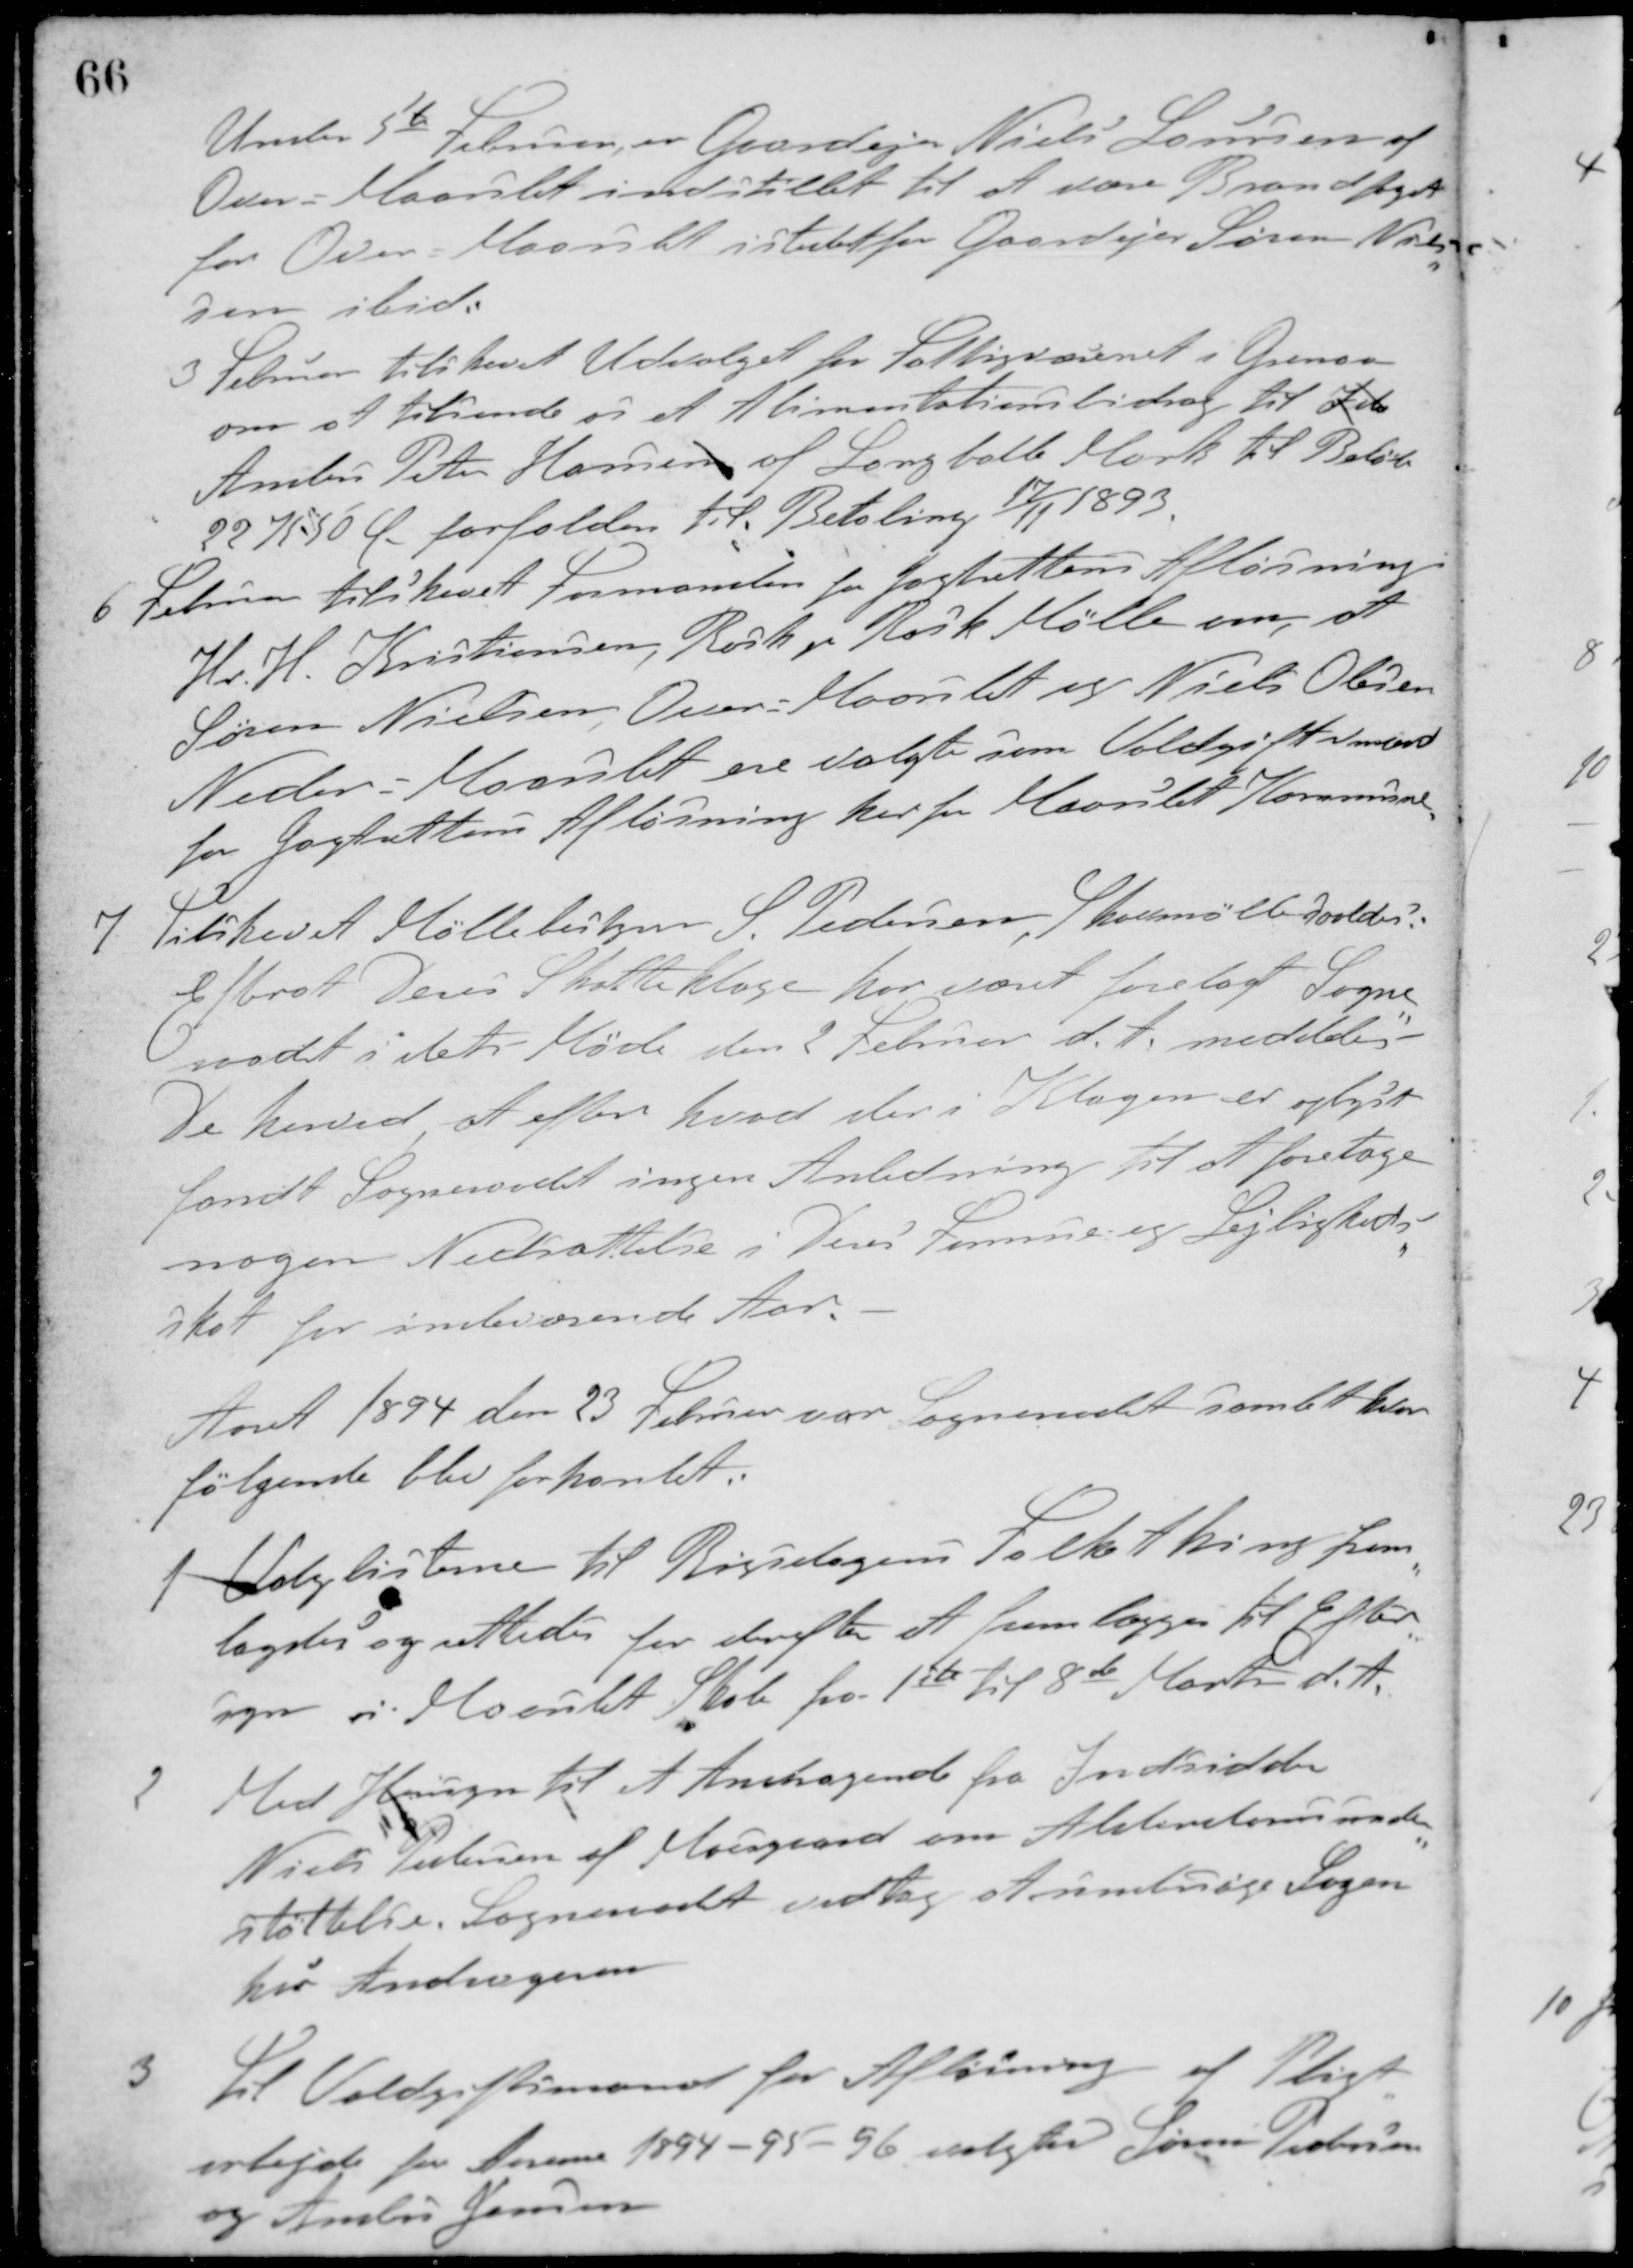
Transskription:
Under 5te Februar, er Gaardejer Niels Laursen af
Over - Maarslet indstillet til at være Brandfoged
for Over - Maarslet istedet for Gaardejer Søren Niel-
sen ibid.
3 Februar tilskrevet Udvalget for Fattigvæsenet i Grenaa
om at tilsende os et Alimentationsbidrag til Ida
Anders Peter Hansen af Langballe Mark til Beløb
22 K 50 Ø. forfalden til Betaling 17/11 1893.
6 Februar tilskrevet Formanden for Jagtrettens Afløsning
Hr. H. Kristiansen, Rask pr. Rask Mølle om, at
Søren Nielsen, Over-Maarslet og Niels Olesen
Neder - Maarslet ere valgte som Voldgiftsmænd
for Jagtrettens Afløsning her for Maarslet Kommune.
7 Tilskevet Møllebestyrer S. Pedersen, Skovmølle saaledes:
Efterat Deres Skatteklage har været forelagt Sogne-
raadet i dets Møde den 2 Februar d. A. meddeles
De herved at efter hvad der i Klagen er oplyst
fandt Sogneraadet ingen Anledning til at foretage
nogen Nedsættelse i Deres Formue og Lejligheds-
skat for indeværende Aar.
Aaret 1894 den 23 Februar var Sogneraadet samlet hvor
følgende blev forhanlet:
1 Valglisterne til Rigsdagens Folkething frem-
lagdes og rettedes for derefter at fremlægges til Efter-
syn i Maarslet Skole fra 1ste til 8de Marts d. A.
2 Med Hensyn til et Andragende fra Indsidder
Niels Pedersen af Moesgaard om Alderdomsunder-
støttelse. Sogneraadet vedtog at undersøge Sagen
hos Andrageren.
3 Til Voldgiftsmand for Afløsning af Pligt-
arbejde for Aarene 1894-95-96 valgtes Søren Pedersen
og Anders Jensen.